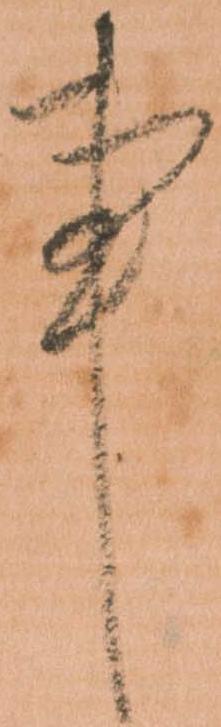
事